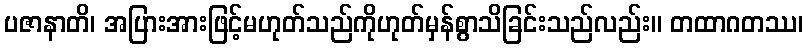
ပဇာနာတိ၊ အပြားအားဖြင့်မဟုတ်သည်ကိုဟုတ်မှန်စွာသိခြင်းသည်လည်း။ တထာဂတဿ၊